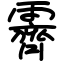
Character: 霽